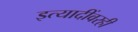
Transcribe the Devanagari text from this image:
इत्यादींवरही